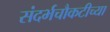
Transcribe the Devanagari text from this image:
संदर्भचौकटीच्या